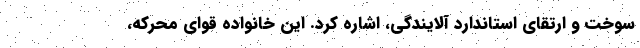
سوخت و ارتقای استاندارد آلایندگی، اشاره کرد. این خانواده قوای محرکه،